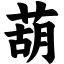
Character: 葫